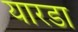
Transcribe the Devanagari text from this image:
यारडा